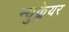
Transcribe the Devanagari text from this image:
न्युक्लेयर